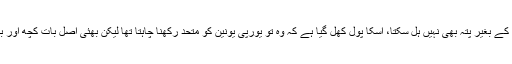
کچھ کا کہنا ہے کہ برینڈن برگ گروپ جو یہ سمجھتا ہے کہ اس کی مرضی کے بغیر پتہ بھی نہیں ہل سکتا، اسکا پول کھل گیا ہے کہ وہ تو یورپی یونین کو متحد رکھنا چاہتا تھا لیکن بھئی اصل بات کچھ اور بھی تو ہو سکتی ہے یعنی یہ کہ یہ پتہ بھی اسکی مرضی اور حکم سے ہلا ہو۔